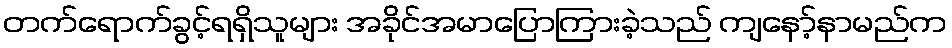
တက်ရောက်ခွင့်ရရှိသူများ အခိုင်အမာပြောကြားခဲ့သည် ကျနော့်နာမည်က